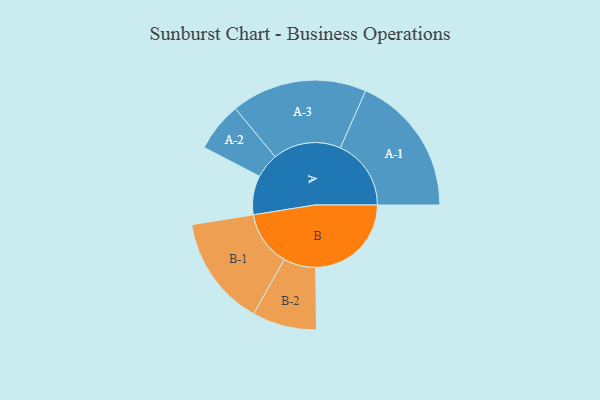
{"axis": {"x": "Segment", "y": "Value"}, "legend": ["", "A", "B"], "data": [{"x": "A", "y": 165, "type": ""}, {"x": "B", "y": 404, "type": ""}, {"x": "A-1", "y": 299, "type": "A"}, {"x": "A-2", "y": 104, "type": "A"}, {"x": "A-3", "y": 287, "type": "A"}, {"x": "B-1", "y": 233, "type": "B"}, {"x": "B-2", "y": 136, "type": "B"}]}